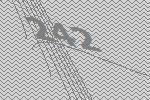
242